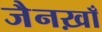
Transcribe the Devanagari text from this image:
जैनख़ाँ